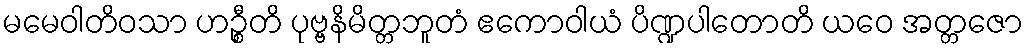
မမေဝါတိဝသာ ဟဉ္စီတိ ပုဗ္ဗနိမိတ္တဘူတံ ဧကောဝါယံ ပိဏ္ဍပါတောတိ ယဝေ အတ္တဇော